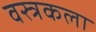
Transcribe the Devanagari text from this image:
वस्त्रकला